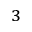
^ 3